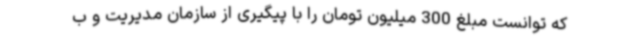
که توانست مبلغ 300 میلیون تومان را با پیگیری از سازمان مدیریت و ب